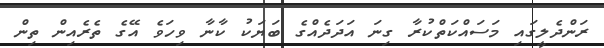
ރަންދެލީގައި މަސައްކަތްކުރާ ގިނަ އަދަދެއްގެ ބަޔަކު ކާނާ ވިހަވެ އޭގެ ތެރެއިން ތިން